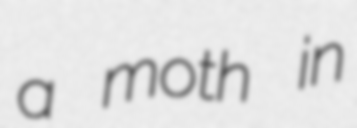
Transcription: a moth in